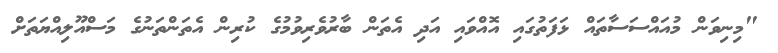
"މިނިވަން މުއައްސަސާތައް ޅަފަތުގައި އޮއްވައި އަދި އެތަން ބާރުވެރިވުމުގެ ކުރިން އެތަންތަނުގެ މަސްއޫލިއްޔަތަށް